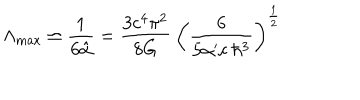
LaTeX: \Lambda _ { \max } \simeq \frac { 1 } { 6 \hat { \alpha } } = \frac { 3 c ^ { 4 } \pi ^ { 2 } } { 8 G } \: \left( \frac { 6 } { 5 \alpha ^ { \prime } c \: \hbar ^ { 3 } } \right) ^ { \frac { 1 } { 2 } }